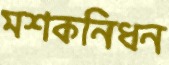
মশকনিধন